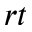
r t